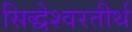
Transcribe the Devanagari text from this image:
सिद्धेश्वरतीर्थ